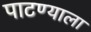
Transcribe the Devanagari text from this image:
पाटण्याला